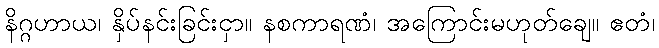
နိဂ္ဂဟာယ၊ နှိပ်နင်းခြင်းငှာ။ နစကာရဏံ၊ အကြောင်းမဟုတ်ချေ။ ဧတံ၊